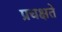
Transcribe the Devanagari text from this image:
प्रचक्षते